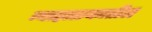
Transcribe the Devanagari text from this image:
न्याहाळकातील